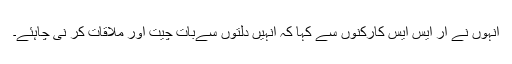
انہوں نے آر ایس ایس کارکنوں سے کہا کہ انہیں دلتوں سےبات چیت اور ملاقات کر نی چاہئے۔